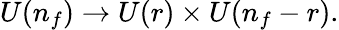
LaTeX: U(n_{f})\to U(r)\times U(n_{f}-r).